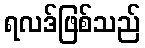
ရလဒ်ဖြစ်သည်